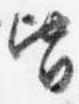
皆